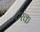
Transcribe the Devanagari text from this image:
टरंक